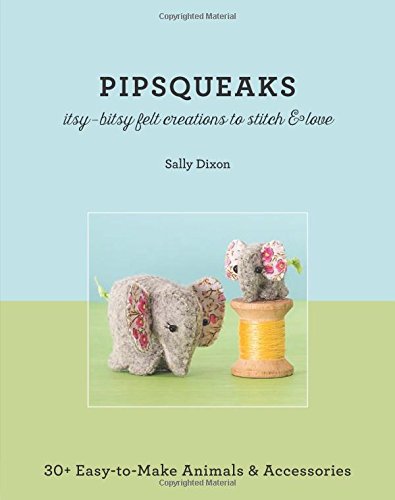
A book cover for PipsqueaksItsy-Bitsy Felt Creations to Stitch & Love: 30+ Easy-to-Make Animals & Accessories; Sally Dixon; Crafts, Hobbies & Home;